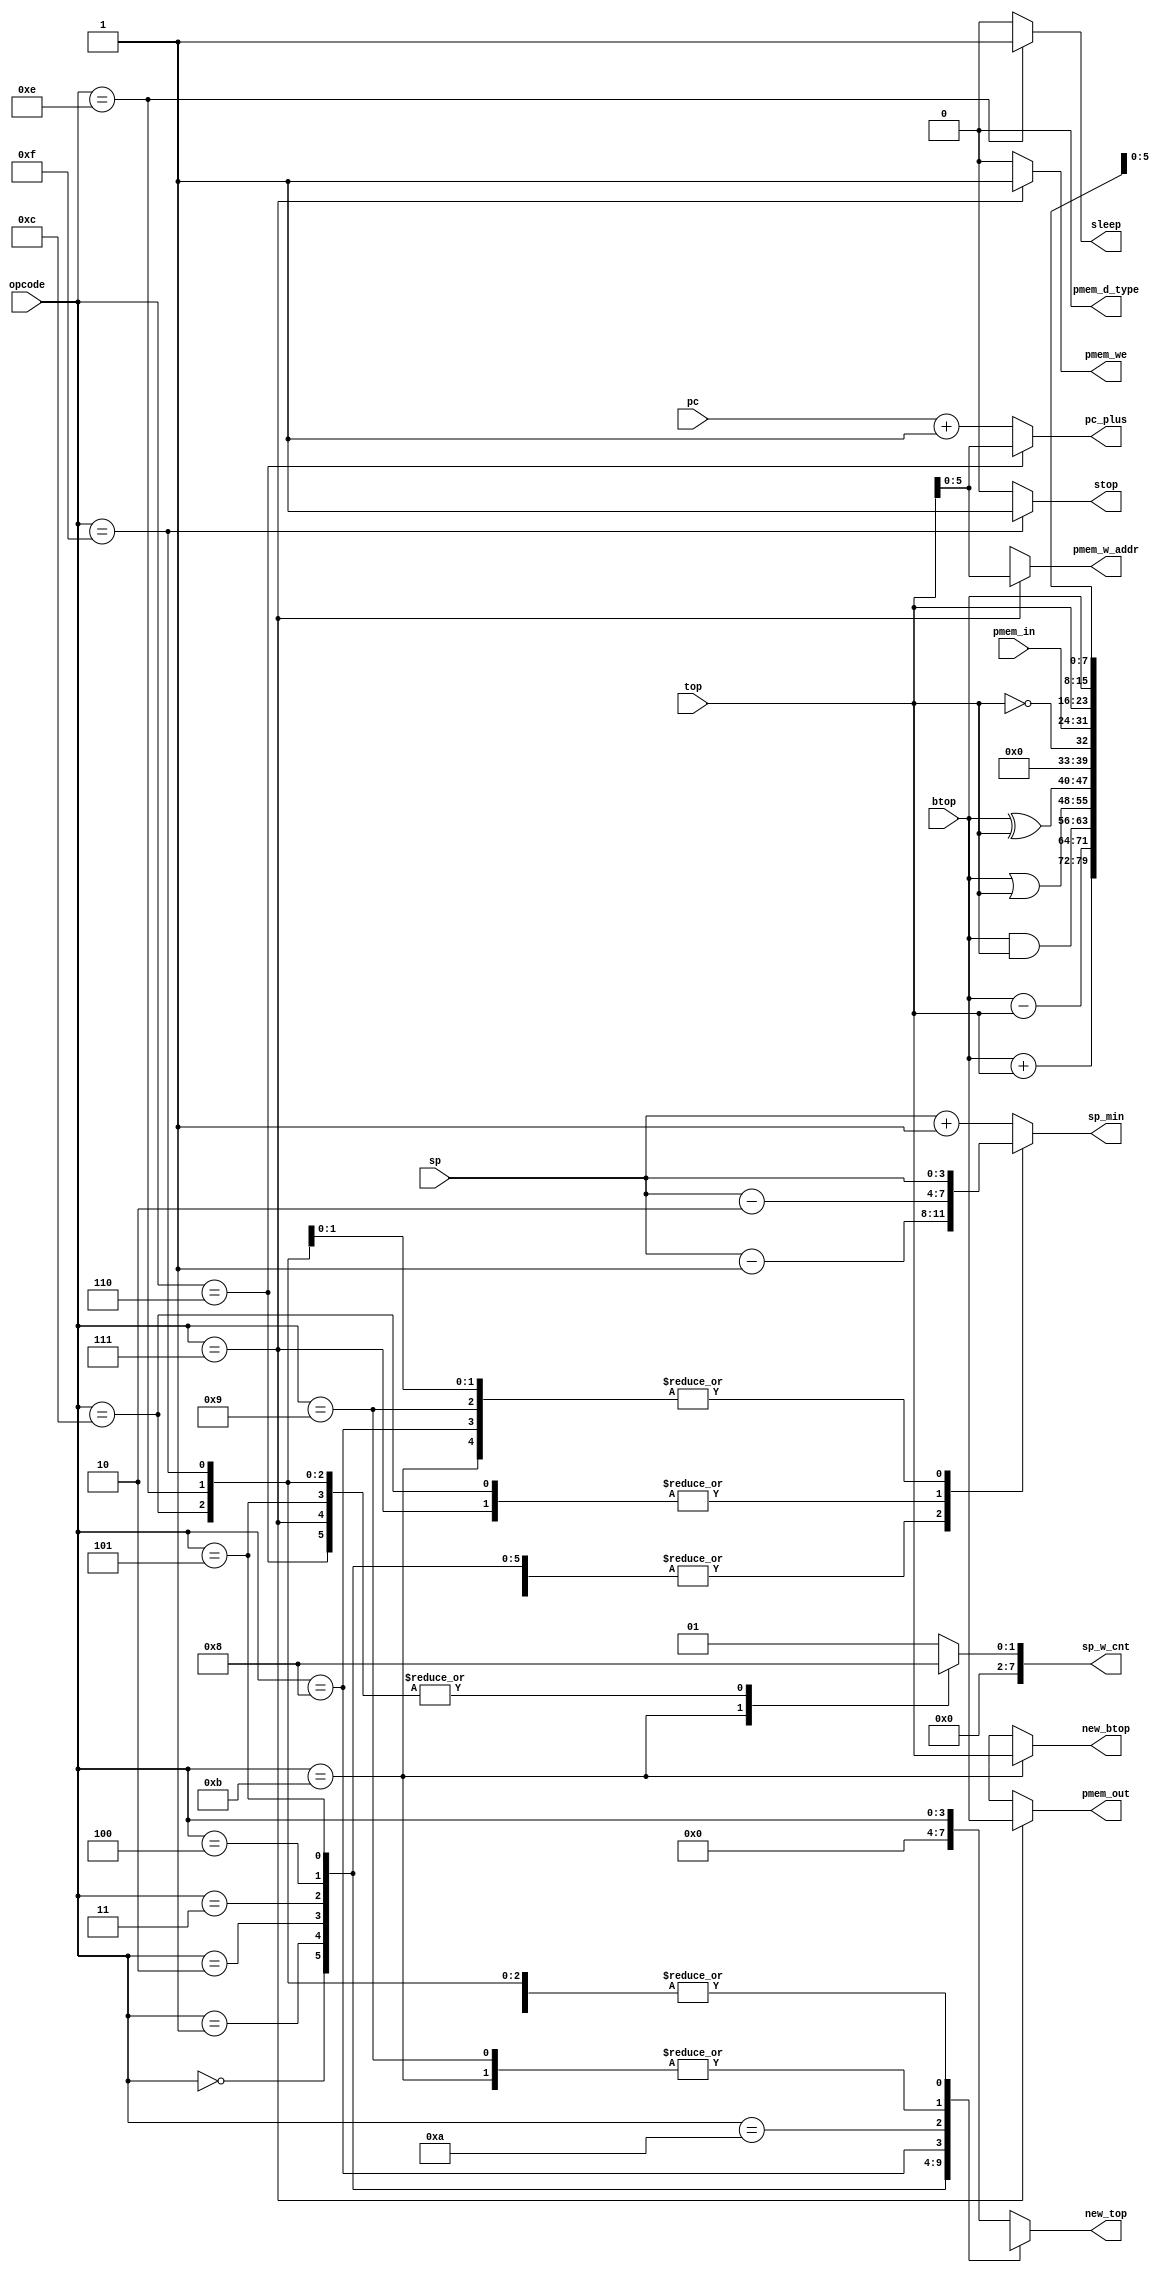
// SPDX-FileCopyrightText:  2022 Seth Kerr <hello@oakdev.tech>
// Based on SPELL by Uri Shaked <https://github.com/wokwi/verispell>
// SPDX-License-Identifier: MIT

`default_nettype none

module program_ev(
    input wire [3:0] opcode, // 4 bit op code
    input [5:0] pc, // 6 bit wide program counter (64 bit)
    input [3:0] sp, // stack pointer
    input [7:0] top, // top of stack
    input [7:0] btop, // below top of stack
    input [7:0] pmem_in, // program memory in
    output reg [5:0] pc_plus, // program counter + 1
    output reg [3:0] sp_min, // stack pointer - 1
    output reg [7:0] sp_w_cnt, // number of times written to the stack
    output reg [7:0] new_top, // new top of stack
    output reg [7:0] new_btop, // new below top of stack
    output reg pmem_we, // program memory write enable
    output reg pmem_d_type, // type of memory write
    output reg [7:0] pmem_out, // program memory write data
    output reg [5:0] pmem_w_addr, // program memory write address
    output reg sleep, // sleep execution
    output reg stop // stop execution
);

always @(*) begin
    pc_plus = pc+8'h1;
    sp_min = sp;
    sp_w_cnt = 2'h0;
    new_top = 8'dx;
    new_btop = 8'dx;
    pmem_we = 1'b0;
    pmem_d_type = 1'b0;
    pmem_w_addr = 8'dx;
    pmem_out = 8'dx;
    sleep = 0;
    stop = 0;

    case (opcode)
    4'h0: begin // add src2 to src1 and store at top of stack
        new_top = btop + top;
        sp_w_cnt = 1;
        sp_min = sp - 1;
    end
    4'h1: begin // subtract src2 from src1 and store at top of stack
        new_top = btop - top;
        sp_w_cnt = 1;
        sp_min = sp - 1;
    end
    4'h2: begin // AND src2 and src1 and store at top of stack
        new_top = btop & top;
        sp_w_cnt = 1;
        sp_min = sp - 1;
    end
    4'h3: begin // OR src2 with src1 and store at top of stack
        new_top = btop | top;
        sp_w_cnt = 1;
        sp_min = sp - 1;
    end
    4'h4: begin // XOR src2 with src1 and store at top of stack
        new_top = btop ^ top;
        sp_w_cnt = 1;
        sp_min = sp - 1;
    end
    4'h5: begin // not src1 register value
        new_top = !top;
        sp_min = sp - 1;
    end
    4'h6: begin // move program counter to stack pointer
        pc_plus = top;
        sp_min = sp - 1;
    end
    4'h7: begin // write to program memory
        pmem_we = 1'b1;
        pmem_d_type = 1'b0;
        pmem_w_addr = top;
        pmem_out = btop;
        sp_min = sp - 2;
    end
    4'h8: begin // read from program memory
        new_top = pmem_in;
        sp_w_cnt = 1;
    end
    4'h9: begin // move src2 to src1
        new_top = btop;
        sp_w_cnt = 1;
    end
    4'hA: begin 
        new_top = top;
        sp_w_cnt = 1;
        sp_min = sp + 1;
    end
    4'hB: begin 
        new_top = btop;
        new_btop = top;
        sp_w_cnt = 2;
    end
    4'hC: begin 
        sp_min = sp - 2;
    end
    4'hE: sleep = 1'b1; // sleep
    4'hF: stop = 1'b1;
    default: begin
        new_top = opcode;
        sp_w_cnt = 1;
        sp_min = sp + 1;
      end
    endcase
end

endmodule